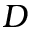
D